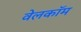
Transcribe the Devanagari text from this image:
वेलकॉम